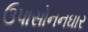
ઉપાસોનનઘાર